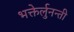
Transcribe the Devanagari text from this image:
भक्तेर्लुनन्ती